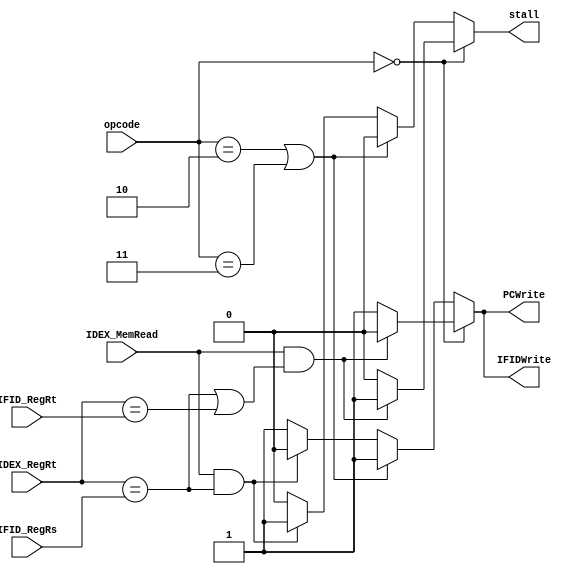
module HazardDetection(
	opcode,
	IDEX_MemRead,
    IDEX_RegRt,
    IFID_RegRs,
    IFID_RegRt,
    PCWrite,
    IFIDWrite,
    stall
);
//input output
	input[5:0] opcode;
	input IDEX_MemRead;
	input[4:0] IDEX_RegRt;
	input[4:0] IFID_RegRs;
	input[4:0] IFID_RegRt;
	output PCWrite;
	output IFIDWrite;
	output stall;
//reg & wire
	reg pcw,ifidw,st;
//Combinational part
	assign PCWrite = pcw;
	assign IFIDWrite = ifidw;
	assign stall = st;

	always@(*) begin
		if(opcode == 6'd0) begin//R-Type
			if(IDEX_MemRead & (IDEX_RegRt == IFID_RegRs || IDEX_RegRt == IFID_RegRt)) begin
				pcw = 1'b0;
				ifidw = 1'b0;
				st = 1'b1;
			end
			else begin
				pcw  = 1'b1;
				ifidw = 1'b1;
				st = 1'b0;
			end
		end
		else if(opcode == 6'd2 || opcode == 6'd3) begin//J-type
			pcw  = 1'b1;
			ifidw = 1'b1;
			st = 1'b0;
		end
		else begin//I-Type
			if(IDEX_MemRead & (IDEX_RegRt == IFID_RegRs)) begin
				pcw = 1'b0;
				ifidw = 1'b0;
				st = 1'b1;
			end
			else begin
				pcw  = 1'b1;
				ifidw = 1'b1;
				st = 1'b0;
			end
		end
	end
//no sequential part
endmodule